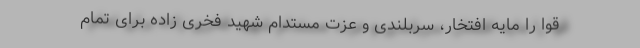
قوا را مایه افتخار، سربلندی و عزت مستدام شهید فخری زاده برای تمام